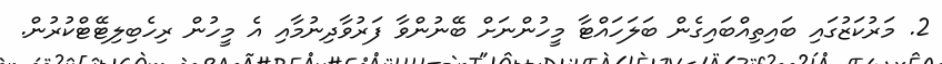
2. މަރުކަޒުގައި ބައިތިއްބައިގެން ބަލަހައްޓާ މީހުންނަށް ބޭނުންވާ ފަރުވާދިނުމާއި އެ މީހުން ރިހެބިލިޓޭޓްކުރުން.